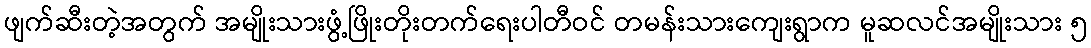
ဖျက်ဆီးတဲ့အတွက် အမျိုးသားဖွံ့ဖြိုးတိုးတက်ရေးပါတီဝင် တမန်းသားကျေးရွာက မူဆလင်အမျိုးသား ၅